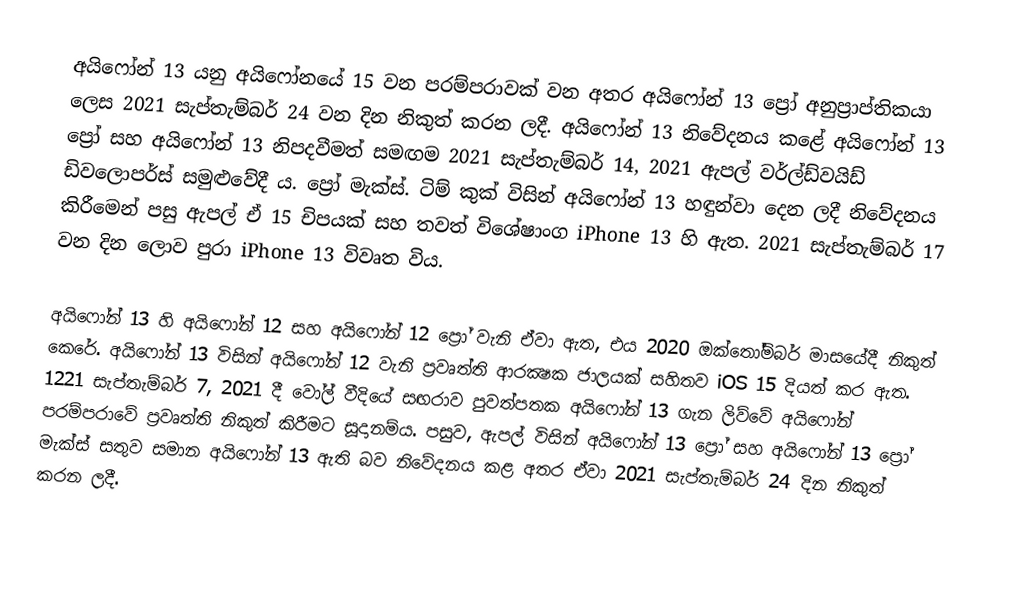
අයිෆෝන් 13 යනු අයිෆෝනයේ 15 වන පරම්පරාවක් වන අතර අයිෆෝන් 13 ප්‍රෝ අනුප්‍රාප්තිකයා ලෙස 2021 සැප්තැම්බර් 24 වන දින නිකුත් කරන ලදී. අයිෆෝන් 13 නිවේදනය කළේ අයිෆෝන් 13 ප්‍රෝ සහ අයිෆෝන් 13 නිපදවීමත් සමඟම 2021 සැප්තැම්බර් 14, 2021 ඇපල් වර්ල්ඩ්වයිඩ් ඩිවලොපර්ස් සමුළුවේදී ය. ප්‍රෝ මැක්ස්. ටිම් කුක් විසින් අයිෆෝන් 13 හඳුන්වා දෙන ලදී නිවේදනය කිරීමෙන් පසු ඇපල් ඒ 15 චිපයක් සහ තවත් විශේෂාංග iPhone 13 හි ඇත. 2021 සැප්තැම්බර් 17 වන දින ලොව පුරා iPhone 13 විවෘත විය.

අයිෆෝන් 13 හි අයිෆෝන් 12 සහ අයිෆෝන් 12 ප්‍රෝ වැනි ඒවා ඇත, එය 2020 ඔක්තෝම්බර් මාසයේදී නිකුත් කෙරේ. අයිෆෝන් 13 විසින් අයිෆෝන් 12 වැනි ප්‍රවෘත්ති ආරක්‍ෂක ජාලයක් සහිතව iOS 15 දියත් කර ඇත. 1221 සැප්තැම්බර් 7, 2021 දී වෝල් වීදියේ සඟරාව පුවත්පතක අයිෆෝන් 13 ගැන ලිව්වේ අයිෆෝන් පරම්පරාවේ ප්‍රවෘත්ති නිකුත් කිරීමට සූදානම්ය. පසුව, ඇපල් විසින් අයිෆෝන් 13 ප්‍රෝ සහ අයිෆෝන් 13 ප්‍රෝ මැක්ස් සතුව සමාන අයිෆෝන් 13 ඇති බව නිවේදනය කළ අතර ඒවා 2021 සැප්තැම්බර් 24 දින නිකුත් කරන ලදී.